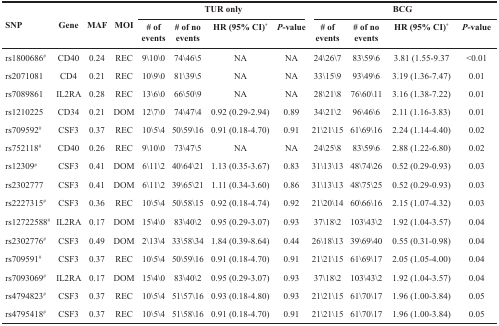
<table><thead><tr><td rowspan="2"><b>SNP</b></td><td rowspan="2"><b>Gene</b></td><td rowspan="2"><b>MAF</b></td><td rowspan="2"><b>MOI</b></td><td colspan="4"><b>TUR only</b></td><td colspan="4"><b>BCG</b></td></tr><tr><td><b># of events</b></td><td><b># of no events</b></td><td><b>HR (95% CI)<sup>*</sup></b></td><td><b><i>P</i>-value</b></td><td><b># of events</b></td><td><b># of no events</b></td><td><b>HR (95% CI)<sup>*</sup></b></td><td><b><i>P</i>-value</b></td></tr></thead><tbody><tr><td>rs1800686<sup>#</sup></td><td>CD40</td><td>0.24</td><td>REC</td><td>9\10\0</td><td>74\46\5</td><td>NA</td><td>NA</td><td>24\26\7</td><td>83\59\6</td><td>3.81 (1.55-9.37</td><td>&lt;0.01</td></tr><tr><td>rs2071081</td><td>CD4</td><td>0.21</td><td>REC</td><td>10\9\0</td><td>81\39\5</td><td>NA</td><td>NA</td><td>33\15\9</td><td>93\49\6</td><td>3.19 (1.36-7.47)</td><td>0.01</td></tr><tr><td>rs7089861</td><td>IL2RA</td><td>0.28</td><td>REC</td><td>13\6\0</td><td>66\50\9</td><td>NA</td><td>NA</td><td>28\21\8</td><td>76\60\11</td><td>3.16 (1.38-7.22)</td><td>0.01</td></tr><tr><td>rs1210225</td><td>CD34</td><td>0.21</td><td>DOM</td><td>12\7\0</td><td>74\47\4</td><td>0.92 (0.29-2.94)</td><td>0.89</td><td>34\21\2</td><td>96\46\6</td><td>2.11 (1.16-3.83)</td><td>0.01</td></tr><tr><td>rs709592<sup>#</sup></td><td>CSF3</td><td>0.37</td><td>REC</td><td>10\5\4</td><td>50\59\16</td><td>0.91 (0.18-4.70)</td><td>0.91</td><td>21\21\15</td><td>61\69\16</td><td>2.24 (1.14-4.40)</td><td>0.02</td></tr><tr><td>rs752118<sup>#</sup></td><td>CD40</td><td>0.26</td><td>REC</td><td>9\10\0</td><td>73\47\5</td><td>NA</td><td>NA</td><td>24\25\8</td><td>83\59\6</td><td>2.88 (1.22-6.80)</td><td>0.02</td></tr><tr><td>rs12309<sup>#</sup></td><td>CSF3</td><td>0.41</td><td>DOM</td><td>6\11\2</td><td>40\64\21</td><td>1.13 (0.35-3.67)</td><td>0.83</td><td>31\13\13</td><td>48\74\26</td><td>0.52 (0.29-0.93)</td><td>0.03</td></tr><tr><td>rs2302777</td><td>CSF3</td><td>0.41</td><td>DOM</td><td>6\11\2</td><td>39\65\21</td><td>1.11 (0.34-3.60)</td><td>0.86</td><td>31\13\13</td><td>48\75\25</td><td>0.52 (0.29-0.93)</td><td>0.03</td></tr><tr><td>rs2227315<sup>#</sup></td><td>CSF3</td><td>0.36</td><td>REC</td><td>10\5\4</td><td>50\58\15</td><td>0.92 (0.18-4.74)</td><td>0.92</td><td>21\20\14</td><td>60\66\16</td><td>2.15 (1.07-4.32)</td><td>0.03</td></tr><tr><td>rs12722588<sup>#</sup></td><td>IL2RA</td><td>0.17</td><td>DOM</td><td>15\4\0</td><td>83\40\2</td><td>0.95 (0.29-3.07)</td><td>0.93</td><td>37\18\2</td><td>103\43\2</td><td>1.92 (1.04-3.57)</td><td>0.04</td></tr><tr><td>rs2302776<sup>#</sup></td><td>CSF3</td><td>0.49</td><td>DOM</td><td>2\13\4</td><td>33\58\34</td><td>1.84 (0.39-8.64)</td><td>0.44</td><td>26\18\13</td><td>39\69\40</td><td>0.55 (0.31-0.98)</td><td>0.04</td></tr><tr><td>rs709591<sup>#</sup></td><td>CSF3</td><td>0.37</td><td>REC</td><td>10\5\4</td><td>50\59\16</td><td>0.91 (0.18-4.70)</td><td>0.91</td><td>21\21\15</td><td>61\69\17</td><td>2.05 (1.05-4.00)</td><td>0.04</td></tr><tr><td>rs7093069<sup>#</sup></td><td>IL2RA</td><td>0.17</td><td>DOM</td><td>15\4\0</td><td>83\40\2</td><td>0.95 (0.29-3.07)</td><td>0.93</td><td>37\18\2</td><td>103\43\2</td><td>1.92 (1.04-3.57)</td><td>0.04</td></tr><tr><td>rs4794823<sup>#</sup></td><td>CSF3</td><td>0.37</td><td>REC</td><td>10\5\4</td><td>51\57\16</td><td>0.93 (0.18-4.80)</td><td>0.93</td><td>21\21\15</td><td>61\70\17</td><td>1.96 (1.00-3.84)</td><td>0.05</td></tr><tr><td>rs4795418<sup>#</sup></td><td>CSF3</td><td>0.37</td><td>REC</td><td>10\5\4</td><td>51\58\16</td><td>0.91 (0.18-4.70)</td><td>0.91</td><td>21\21\15</td><td>61\70\17</td><td>1.96 (1.00-3.84)</td><td>0.05</td></tr></tbody></table>